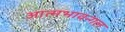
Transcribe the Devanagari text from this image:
आत्मभावन्गल